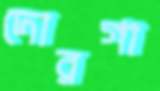
দোরগা